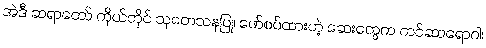
အဲဒီ ဆရာတော် ကိုယ်တိုင် သုတေသနပြု၊ ဖော်စပ်ထားတဲ့ ဆေးတွေက ကင်ဆာရောဂါ၊